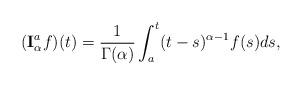
LaTeX: \begin{align*} (\textbf{I}_\alpha ^a f)(t)=\frac{1}{\Gamma(\alpha)} \int_a^t (t-s)^{\alpha-1} f(s)ds, \end{align*}